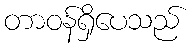
တာဝန်ရှိပေသည်